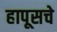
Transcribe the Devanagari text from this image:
हापूसचे